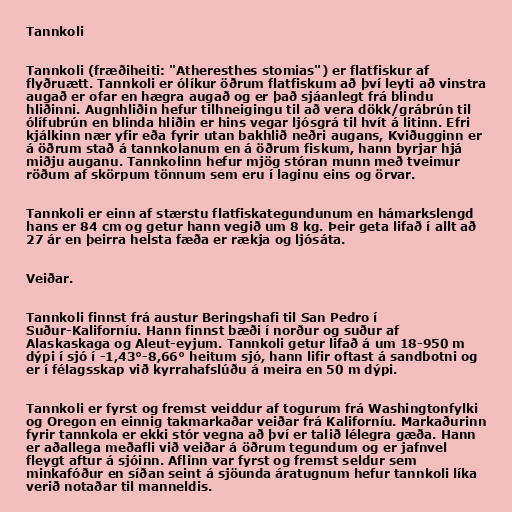
Tannkoli

Tannkoli (fræðiheiti: "Atheresthes stomias") er flatfiskur af
flyðruætt. Tannkoli er ólíkur öðrum flatfiskum að því leyti að vinstra
augað er ofar en hægra augað og er það sjáanlegt frá blindu
hliðinni. Augnhliðin hefur tilhneigingu til að vera dökk/grábrún til
ólífubrún en blinda hliðin er hins vegar ljósgrá til hvít á litinn. Efri
kjálkinn nær yfir eða fyrir utan bakhlið neðri augans, Kviðugginn er
á öðrum stað á tannkolanum en á öðrum fiskum, hann byrjar hjá
miðju auganu. Tannkolinn hefur mjög stóran munn með tveimur
röðum af skörpum tönnum sem eru í laginu eins og örvar.

Tannkoli er einn af stærstu flatfiskategundunum en hámarkslengd
hans er 84 cm og getur hann vegið um 8 kg. Þeir geta lifað í allt að
27 ár en þeirra helsta fæða er rækja og ljósáta.

Veiðar.

Tannkoli finnst frá austur Beringshafi til San Pedro í
Suður-Kaliforníu. Hann finnst bæði í norður og suður af
Alaskaskaga og Aleut-eyjum. Tannkoli getur lifað á um 18-950 m
dýpi í sjó í -1,43°-8,66° heitum sjó, hann lifir oftast á sandbotni og
er í félagsskap við kyrrahafslúðu á meira en 50 m dýpi.

Tannkoli er fyrst og fremst veiddur af togurum frá Washingtonfylki
og Oregon en einnig takmarkaðar veiðar frá Kaliforníu. Markaðurinn
fyrir tannkola er ekki stór vegna að því er talið lélegra gæða. Hann
er aðallega meðafli við veiðar á öðrum tegundum og er jafnvel
fleygt aftur á sjóinn. Aflinn var fyrst og fremst seldur sem
minkafóður en síðan seint á sjöunda áratugnum hefur tannkoli líka
verið notaðar til manneldis.